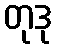
တုဒု